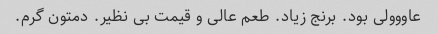
عاووولی بود. برنج زیاد. طعم عالی و قیمت بی نظیر. دمتون گرم.